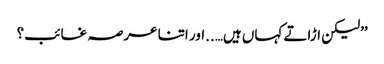
’’لیکن اڑاتے کہاں ہیں…..اور اتنا عرصہ غائب؟